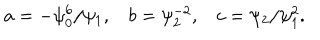
LaTeX: a = - \psi _ { 0 } ^ { 6 } / \psi _ { 1 } , \: \: \: \: b = \psi _ { 2 } ^ { - 2 } , \: \: \: \: c = \psi _ { 2 } / \psi _ { 1 } ^ { 2 } .